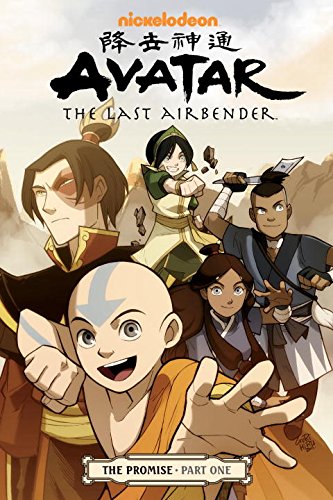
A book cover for Avatar: The Last Airbender: The Promise, Part 1; Michael Dante DiMartino; Comics & Graphic Novels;